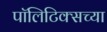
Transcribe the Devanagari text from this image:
पॉलिटिक्सच्या